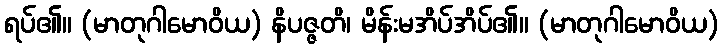
ရပ်၏။ (မာတုဂါမောဝိယ) နိပဇ္ဇတိ၊ မိန်းမအိပ်အိပ်၏။ (မာတုဂါမောဝိယ)